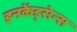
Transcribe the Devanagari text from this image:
इनकेंड्सेन्स